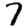
Digit: 7